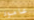
عامود